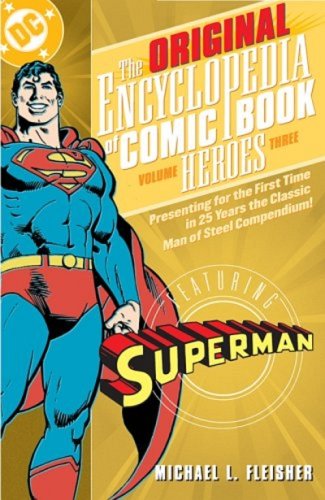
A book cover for Original Encyclopedia of Comic Book Heroes, Volume 3: Superman; Michael Fleischer; Reference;